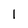
Character: l